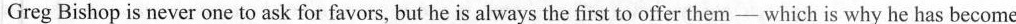
Greg Bishop is never one to ask for favors, but he is always the first to offer them—which is why he has become